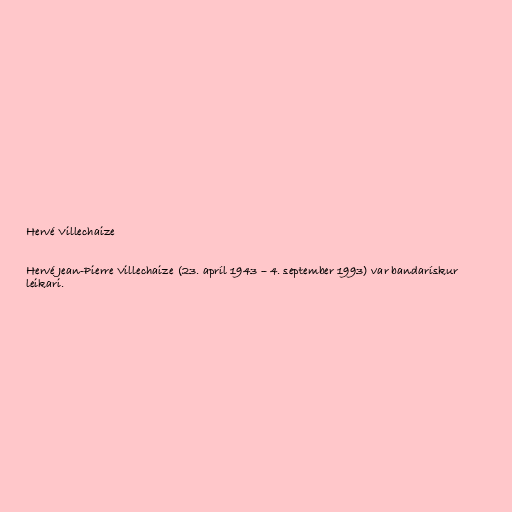
Hervé Villechaize

Hervé Jean-Pierre Villechaize (23. apríl 1943 – 4. september 1993) var bandarískur
leikari.